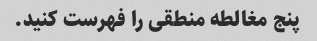
پنج مغالطه منطقی را فهرست کنید.